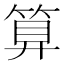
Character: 算